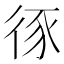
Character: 𢓻